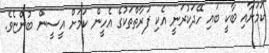
ކަމަށާއި ބާކީ ބައި ހޭދަކުރަނީ އެކި ފަރާތްތަކުގެ އެހީން ކަމަށް އީސީން ބުންޏެވެ.